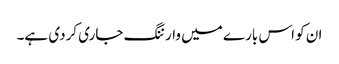
ان کو اس بارے میں وارننگ جاری کردی ہے۔